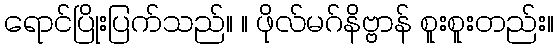
ရောင်ပြိုးပြက်သည်။ ။ ဖိုလ်မဂ်နိဗ္ဗာန် စူးစူးတည်း။